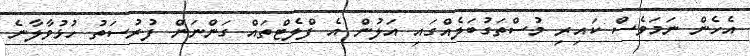
އެހެން ނަމަވެސް ކައިރި މުސްތަގުބަލެއްގައި އަލުން އެ ފްލެޓްތައް ގަންނަން ފުރުސަތު ހުޅުވާލާނެ